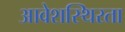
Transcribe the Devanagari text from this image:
आवेशस्थिरता